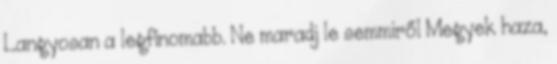
Langyosan a legfinomabb. Ne maradj le semmiről Megyek haza,